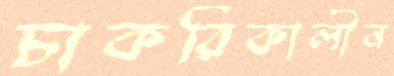
চাকরিকালীন